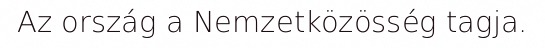
Az ország a Nemzetközösség tagja.